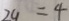
2 y = 4